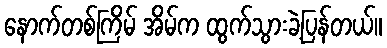
နောက်တစ်ကြိမ် အိမ်က ထွက်သွားခဲ့ပြန်တယ်။